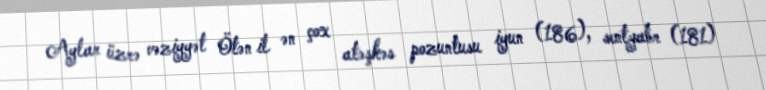
Aylar üzrə vəziyyət Ötən il ən çox atəşkəs pozuntusu iyun (186), sentyabr (181)